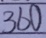
3 6 0